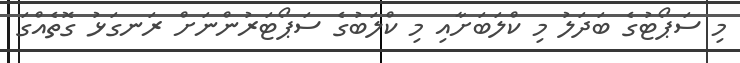
މި ސަޕޯޓުގެ ބަދަލު މި ކްލަބަށާއި މި ކްލަބުގެ ސަޕޯޓަރުންނަށް ރަނގަޅު ގޮތެއްގަ